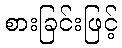
စားခြင်းဖြင့်